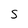
Character: s